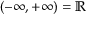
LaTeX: ( - \infty , + \infty ) = \mathbb { R }